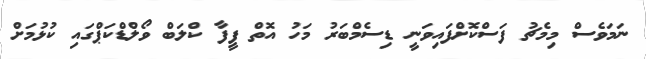
ނަމަވެސް މިމެޗު ފަސްކޮށްފައިވަނީ ޑިސެމްބަރު މަހު އޮތް ފީފާ ކްލަބް ވޯލްޑްކަޕްގައި ކުޅުމަށް